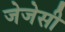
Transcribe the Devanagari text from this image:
जेजेसी